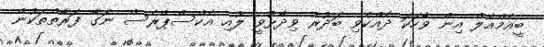
ބީއެމްއެލް އިން ވާހަކަ ދެއްކެވި ބަދުރު ވިދާޅުވީ ލުއި އެކްސްޕްރެސް ނަގާ ފަރާތްތަކުން